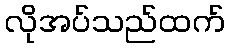
လိုအပ်သည်ထက်